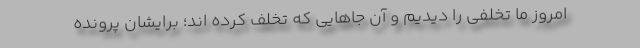
امروز ما تخلفی را دیدیم و آن جا‌هایی که تخلف کرده اند؛ برایشان پرونده